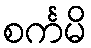
စင်္ကမိ